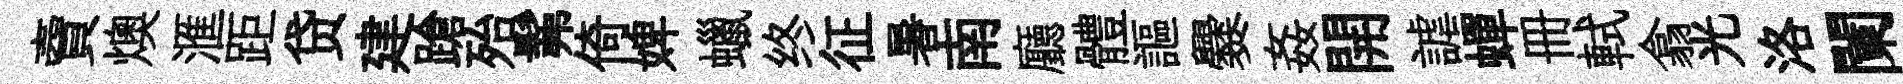
𧶠燠滙距贷建蹌殆髴倚婢蠟终征暑南廳體謳爨姦開謔蟬册軾翕光洛闌